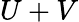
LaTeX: U+V